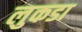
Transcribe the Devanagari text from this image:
लुकडा